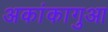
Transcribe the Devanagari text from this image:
अकांकागुआ